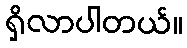
ရှိလာပါတယ်။